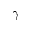
\gamma